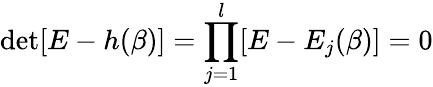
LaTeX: \operatorname*{d\mathrm{e}t}[E-h(\beta)]=\prod_{j=1}^{l}[E-E_{j}(\beta)]=0